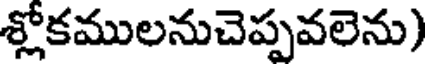
శ్లోకములనుచెప్పవలెను)